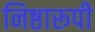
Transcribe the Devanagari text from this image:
निष्ठारूपी